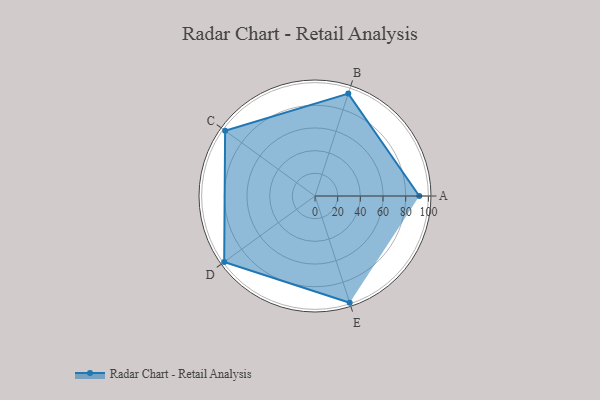
{"axis": {"x": "Skill", "y": "Score"}, "legend": ["Profile"], "data": [{"x": "A", "y": 92.0, "type": "Profile"}, {"x": "B", "y": 95.0, "type": "Profile"}, {"x": "C", "y": 98.0, "type": "Profile"}, {"x": "D", "y": 99.0, "type": "Profile"}, {"x": "E", "y": 99, "type": "Profile"}]}